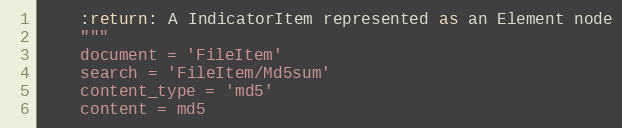
Language: Python
    :return: A IndicatorItem represented as an Element node
    """
    document = 'FileItem'
    search = 'FileItem/Md5sum'
    content_type = 'md5'
    content = md5